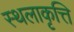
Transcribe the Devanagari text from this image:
स्थलाकृत्ति